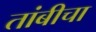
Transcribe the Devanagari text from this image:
तांबीचा